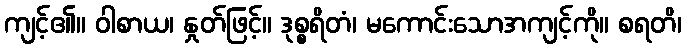
ကျင့်၏။ ဝါစာယ၊ နှုတ်ဖြင့်။ ဒုစ္စရိတံ၊ မကောင်းသောအကျင့်ကို။ စရတိ၊